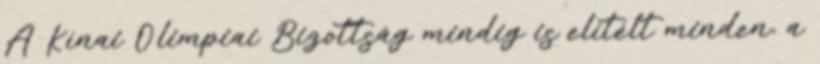
A Kínai Olimpiai Bizottság mindig is elítélt minden, a